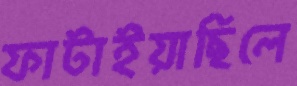
ফাটাইয়াছিলে